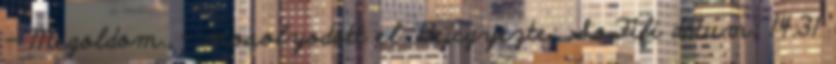
- Megoldom. - mosolyodott el. Bejegyezte: SoFifi dátum: 14:31